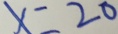
x = 2 0